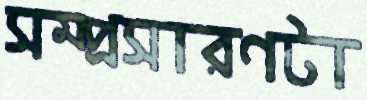
সম্প্রসারণটা